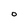
Character: O